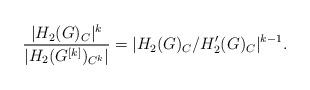
LaTeX: \begin{align*} \frac{|H_2(G)_C|^k}{|H_2(G^{[k]})_{C^k}|} = |H_2(G)_C/H_2'(G)_C|^{k-1}.\end{align*}